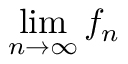
\operatorname* { l i m } _ { n \to \infty } f _ { n }